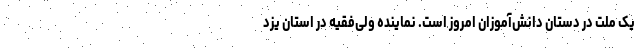
یک ملت در دستان دانش‌آموزان امروز است. نماینده ولی‌فقیه در استان یزد